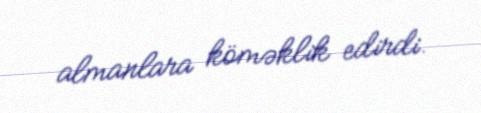
almanlara köməklik edirdi.